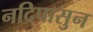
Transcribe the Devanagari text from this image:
नदिपासुन